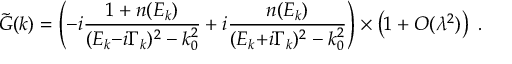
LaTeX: \tilde { G } ( k ) = \left( - i { \frac { 1 + n ( E _ { k } ) } { ( E _ { k } { - } i \Gamma _ { k } ) ^ { 2 } - k _ { 0 } ^ { 2 } } } + i { \frac { n ( E _ { k } ) } { ( E _ { k } { + } i \Gamma _ { k } ) ^ { 2 } - k _ { 0 } ^ { 2 } } } \right) \times \left( 1 + { \cal O } ( \lambda ^ { 2 } ) \right) \; .